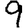
Digit: 9